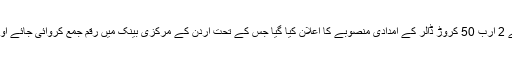
اس سربراہ اجلاس کی میزبانی شاہ سلمان بن عبدالعزیز نے کی جس میں اُردن کے لیے 2 ارب 50 کروڑ ڈالر کے امدادی منصوبے کا اعلان کیا گیا جس کے تحت اُردن کے مرکزی بینک میں رقم جمع کروائی جائے اور قرضوں سے نبٹنے کیلئے عالمی کے حق میں عالمی بینک کو ضمانت دی جائیگی۔